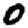
Digit: 0